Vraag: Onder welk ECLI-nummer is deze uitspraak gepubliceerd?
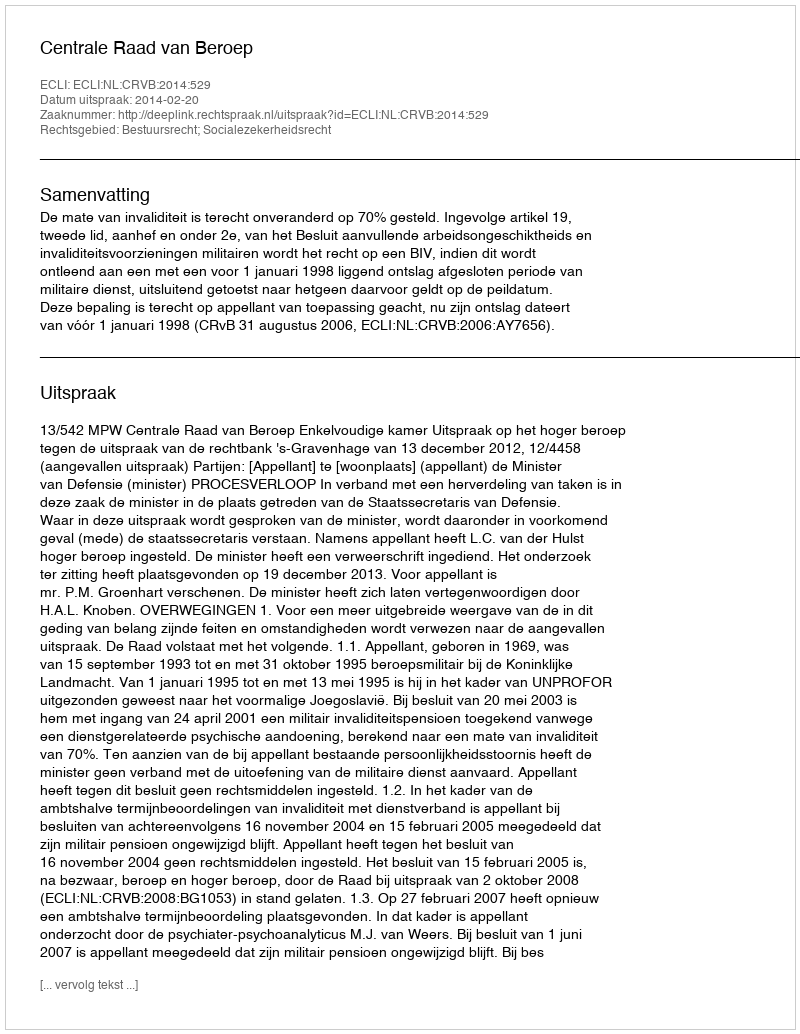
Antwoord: ECLI:NL:CRVB:2014:529